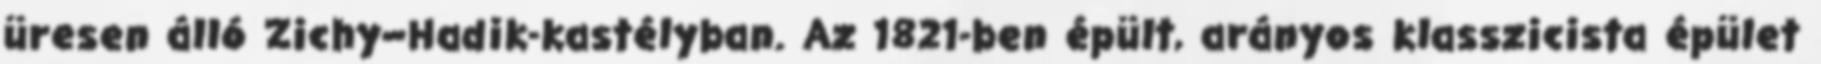
üresen álló Zichy–Hadik-kastélyban. Az 1821-ben épült, arányos klasszicista épület